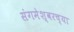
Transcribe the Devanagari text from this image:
संगमेश्वरच्या